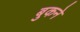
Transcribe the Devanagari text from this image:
बुकने